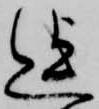
迄